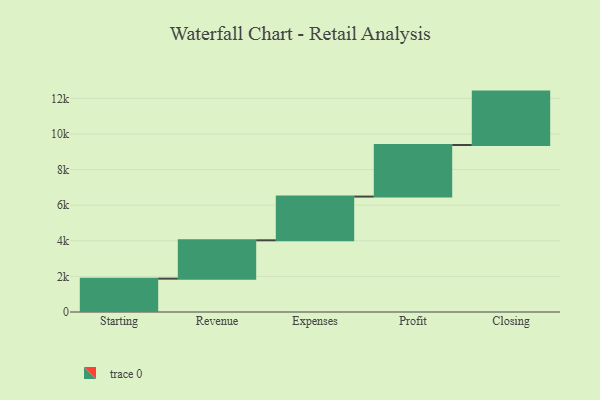
{"axis": {"x": "Step", "y": "Value"}, "legend": [""], "data": [{"x": "Starting", "y": 1873.0, "type": ""}, {"x": "Revenue", "y": 2154.0, "type": ""}, {"x": "Expenses", "y": 2455.0, "type": ""}, {"x": "Profit", "y": 2896.0, "type": ""}, {"x": "Closing", "y": 3000, "type": ""}]}